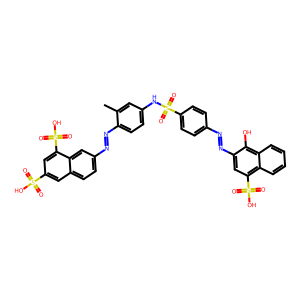
SMILES: Cc1cc(NS(=O)(=O)c2ccc(N=Nc3cc(S(=O)(=O)O)c4ccccc4c3O)cc2)ccc1N=Nc1ccc2cc(S(=O)(=O)O)cc(S(=O)(=O)O)c2c1
Inhibits HIV replication: Yes